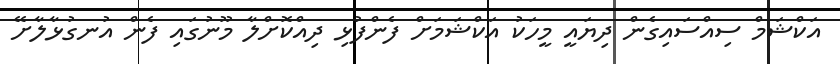
އަކްޝަމް ސިއްސައިގެން ދިޔައީ މީހަކު އަކްޝަމަށް ފެންފުޅި ދިއްކޮށްލާ މޫނުގައި ފެން އުނގުޅާލާށޭ